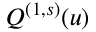
Q ^ { ( 1 , s ) } ( u )